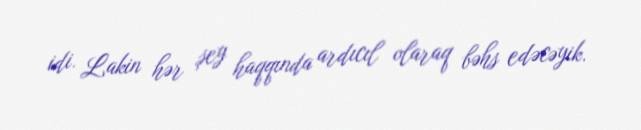
idi. Lakin hər şey haqqında ardıcıl olaraq bəhs edəcəyik.